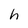
Character: h